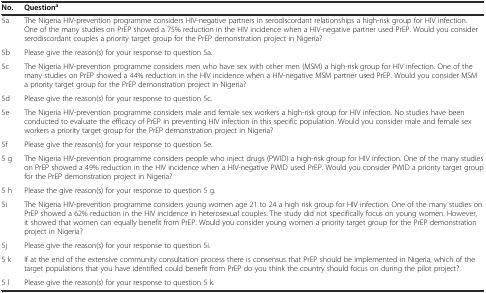
<table><thead><tr><td><b>No.</b></td><td><b>Question<sup>a</sup></b></td></tr></thead><tbody><tr><td>5a</td><td>The Nigeria HIV-prevention programme considers HIV-negative partners in serodiscordant relationships a high-risk group for HIV infection. One of the many studies on PrEP showed a 75% reduction in the HIV incidence when a HIV-negative partner used PrEP. Would you consider serodiscordant couples a priority target group for the PrEP demonstration project in Nigeria?</td></tr><tr><td>5b</td><td>Please give the reason(s) for your response to question 5a.</td></tr><tr><td>5c</td><td>The Nigeria HIV-prevention programme considers men who have sex with other men (MSM) a high-risk group for HIV infection. One of the many studies on PrEP showed a 44% reduction in the HIV incidence when a HIV-negative MSM partner used PrEP. Would you consider MSM a priority target group for the PrEP demonstration project in Nigeria?</td></tr><tr><td>5d</td><td>Please give the reason(s) for your response to question 5c.</td></tr><tr><td>5e</td><td>The Nigeria HIV-prevention programme considers male and female sex workers a high-risk group for HIV infection. No studies have been conducted to evaluate the efficacy of PrEP in preventing HIV infection in this specific population. Would you consider male and female sex workers a priority target group for the PrEP demonstration project in Nigeria?</td></tr><tr><td>5f</td><td>Please give the reason(s) for your response to question 5e.</td></tr><tr><td>5 g</td><td>The Nigeria HIV-prevention programme considers people who inject drugs (PWID) a high-risk group for HIV infection. One of the many studies on PrEP showed a 49% reduction in the HIV incidence when a HIV-negative PWID used PrEP. Would you consider PWID a priority target group for the PrEP demonstration project in Nigeria?</td></tr><tr><td>5 h</td><td>Please the give reason(s) for your response to question 5 g.</td></tr><tr><td>5i</td><td>The Nigeria HIV-prevention programme considers young women age 21 to 24 a high risk group for HIV infection. One of the many studies on PrEP showed a 62% reduction in the HIV incidence in heterosexual couples. The study did not specifically focus on young women. However, it showed that women can equally benefit from PrEP. Would you consider young women a priority target group for the PrEP demonstration project in Nigeria?</td></tr><tr><td>5j</td><td>Please give the reason(s) for your response to question 5i.</td></tr><tr><td>5 k</td><td>If at the end of the extensive community consultation process there is consensus that PrEP should be implemented in Nigeria, which of the target populations that you have identified could benefit from PrEP do you think the country should focus on during the pilot project?</td></tr><tr><td>5 l</td><td>Please give the reason(s) for your response to question 5 k.</td></tr></tbody></table>